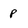
Character: p